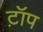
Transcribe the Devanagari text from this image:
ट़ॉप